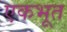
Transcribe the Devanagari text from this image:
एकभूत